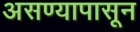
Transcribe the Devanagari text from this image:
असण्यापासून